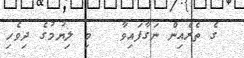
ގެ ތެރެއިން ނަގާފައިވާ   މި ލިޔުމުގެ ދިވެހި